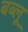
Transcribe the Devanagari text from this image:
बब्लू